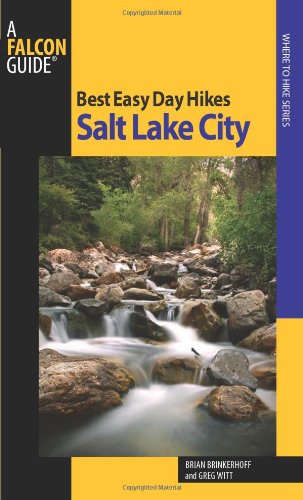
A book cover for Best Easy Day Hikes Salt Lake City, 2nd (Best Easy Day Hikes Series); Brian Brinkerhoff; Travel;